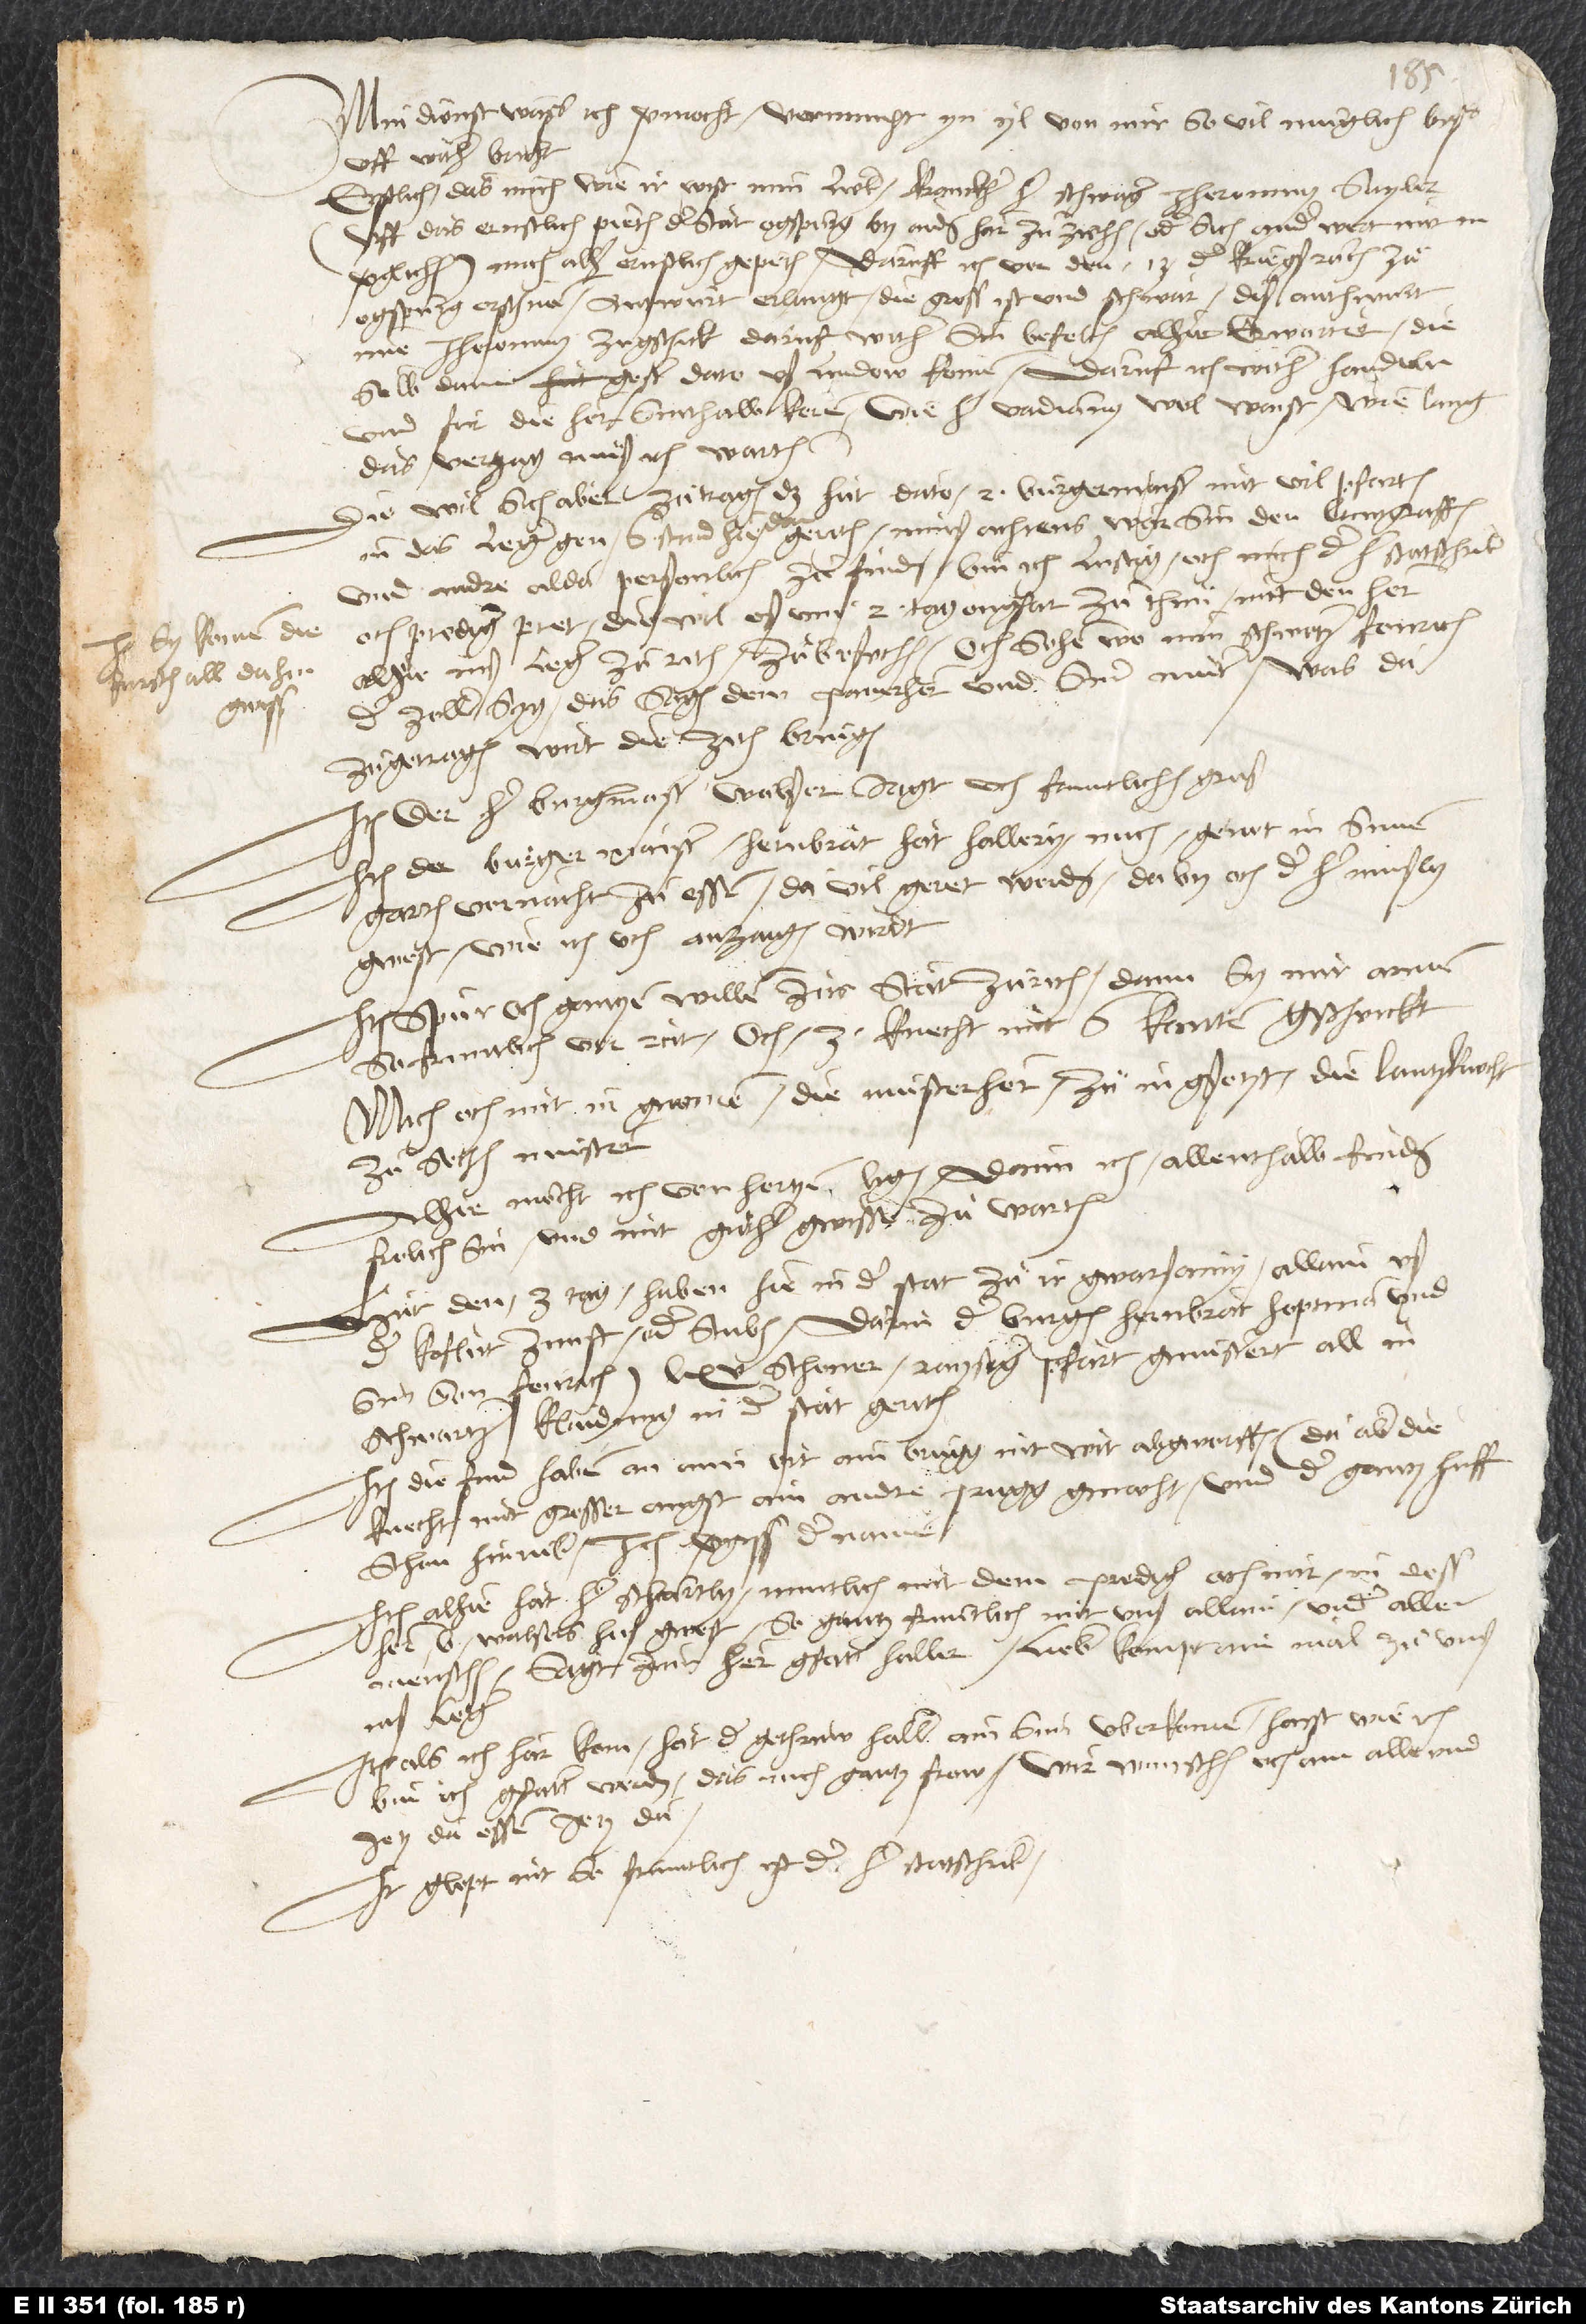
Min dienst. Wass ich vermocht, vernumpt yn yl von mir so vil muglich biß
uff wither bricht.
Erstlich das mich, wie ir wist, min lieber kranckher her schwager, Jherominus Sayler
(uff das ernstlich pieten der stat Ogspurg by aiden har zu ziehen oder sich anderwert mit in
verglichen), mich alher ernstlich gepeten. Daruff ich vor den 13 der kriegsßräten zuͦ
Ogspurg erschinen, antwurt erlangt, die gross ist und schwär; diß anthwurt
ime, Jheronimus, zugschickt, daruf wither sin befelch alhie erwartet. Diesalb
dann gester dato uß Lindow komen. Daruf ich wither handeln
und fur die hern sinthalb keren, wie her Vadianus wol waist. Wie lang
das verzug, muͦß ich warten.
Diewil sich aber zutragen, das hüt dato 2 burgermaister mit vil pfarten
in das leger gen 6 stund hiedan geriten (minß achtens war sin), den lantgraffen
och prediger pret), diewil eß um 2 tag ongfar zu thuͦn, mit den hern
alhie inß leger zu riten, zu besechen, och sehen, wo min schwetzer fenrich,
der Zoller, syg. Das sagen dem panerher und siner muter. Was da
zugetragen, wirt die zith bringen.
Item der her burgermaister Walser sagt uch fruntlichen grus.
Item der burgermaister Hernbrat hat Hallery mich genot in sinem
garten vornacht zu essen; da vil geret worden, daby och der her Müsly
gwest, wie ich uch anzaigen wirdt.
Item spur och gantzen willen zur stat Zurich, dann sy mir armen
so fruntlich vorreit, och 3 knecht mit 6 kanten gschenkt.
Mich och mit in gnomen, die musterher zuͦ in gsetzt, die lantzknecht
zu sechen mustern.
Alhie möcht ich von hertzen ligen, dann ich allenthalb finden
frolich sin und mit guther gwissen zu warten.
Hut den 3. tag haben hie in der stat zuͦ ir gwarsamy allain uß
der koflut zunft oder stuben, darin der burgermaister Hernbrat hoptman, und
sin son fenrich, 65 schoner raysiger pfart gmusterert, all in
schwartzer klaidung in der stat geriten.
Item die find haben an aim ort ain brugg nit wit abgworffen, da aber die
knecht mit grosser angst ain andre prugg gmacht, und der gantz huff
schon hinniber. Ich vergis der namen.
Item alhie hat her Schärtly muntlich (mit dem prediger, och mir, in dess
Walsers huß gwest - so gantz fruntlich mit unß, allain under allen
menschen) sagt zmir: „Hern gstatthalter, lieber, kompt ainmal zuͦ unß
Item als ich har kom, hat der gethruw Haller ain sun uberkomen. Haist wie ich.
Bin ich gfatter worden, das mich gantz frow. Wir wunschen uch, ann alle und
jetz da, essen jetz da.
Item glopt nit, so fruntlich ist der her statschriber!